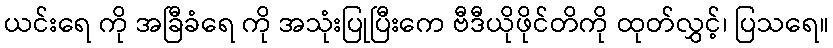
ယင်းရေ ကို အခြီခံရေ ကို အသုံးပြုပြီးကေ ဗီဒီယိုဖိုင်တိကို ထုတ်လွှင့်၊ ပြသရေ။